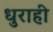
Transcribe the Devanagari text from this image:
धुराही